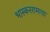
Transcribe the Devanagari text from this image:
भास्कररामाचा